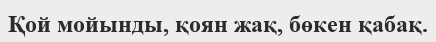
Қой мойынды, қоян жақ, бөкен қабақ.